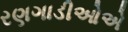
રણગાડીઓએ